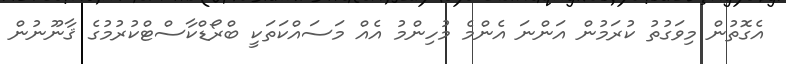
އެގޮތުން މިވަގުތު ކުރަމުން އަންނަ އެންމެ މުހިންމު އެއް މަސައްކަތަކީ ބްރޯޑްކާސްޓްކުރުމުގެ ޤާނޫނުން